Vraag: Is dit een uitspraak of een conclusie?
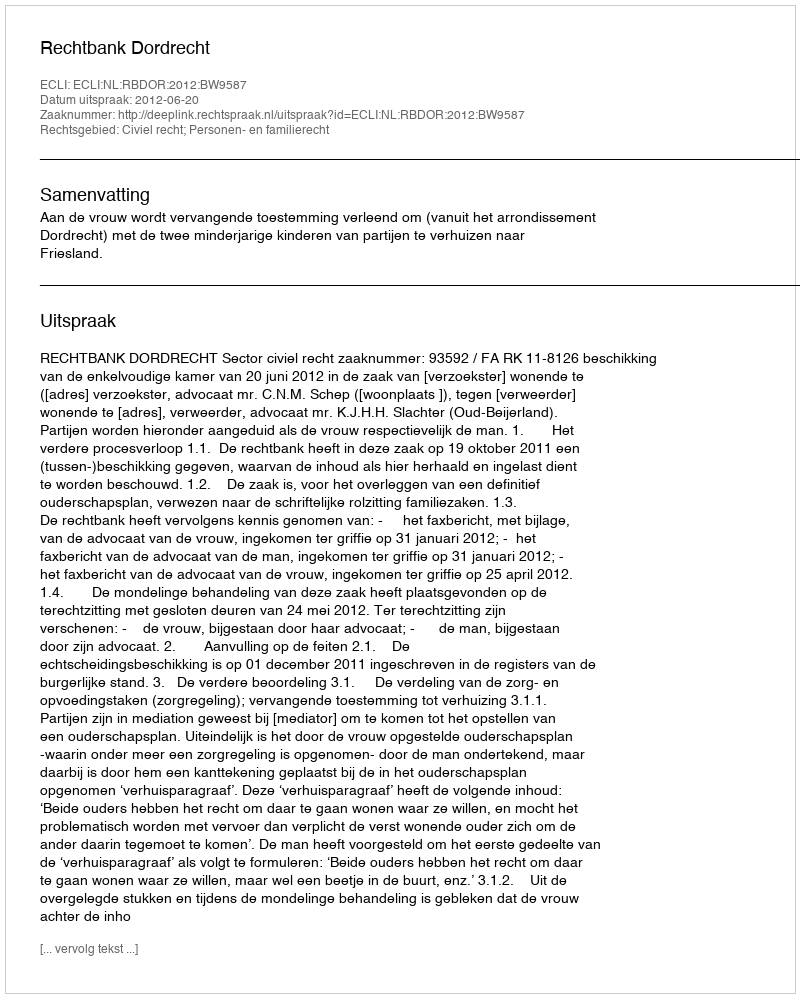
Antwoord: Uitspraak